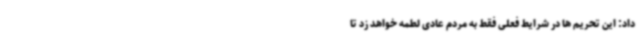
داد: این تحریم ها در شرایط فعلی فقط به مردم عادی لطمه خواهد زد تا